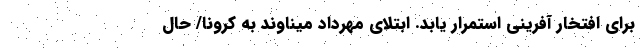
برای افتخار آفرینی استمرار یابد. ابتلای مهرداد میناوند به کرونا/ حال